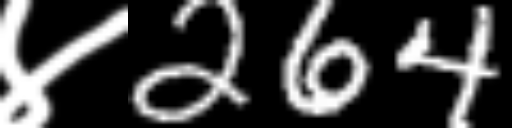
Text: ४264